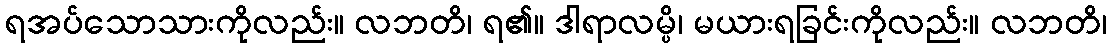
ရအပ်သောသားကိုလည်း။ လဘတိ၊ ရ၏။ ဒါရာလမ္ပိ၊ မယားရခြင်းကိုလည်း။ လဘတိ၊